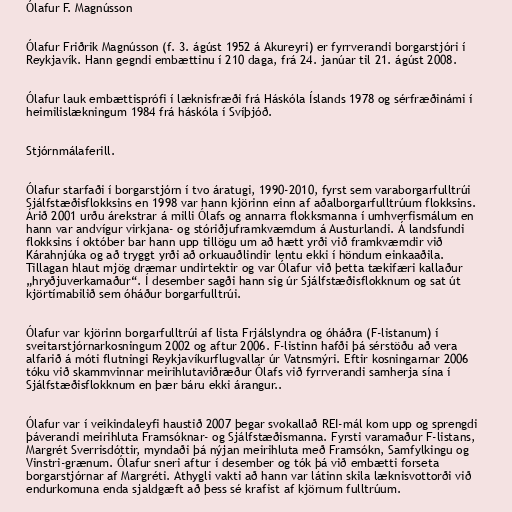
Ólafur F. Magnússon

Ólafur Friðrik Magnússon (f. 3. ágúst 1952 á Akureyri) er fyrrverandi borgarstjóri í
Reykjavík. Hann gegndi embættinu í 210 daga, frá 24. janúar til 21. ágúst 2008.

Ólafur lauk embættisprófi í læknisfræði frá Háskóla Íslands 1978 og sérfræðinámi í
heimilislækningum 1984 frá háskóla í Svíþjóð.

Stjórnmálaferill.

Ólafur starfaði í borgarstjórn í tvo áratugi, 1990-2010, fyrst sem varaborgarfulltrúi
Sjálfstæðisflokksins en 1998 var hann kjörinn einn af aðalborgarfulltrúum flokksins.
Árið 2001 urðu árekstrar á milli Ólafs og annarra flokksmanna í umhverfismálum en
hann var andvígur virkjana- og stóriðjuframkvæmdum á Austurlandi. Á landsfundi
flokksins í október bar hann upp tillögu um að hætt yrði við framkvæmdir við
Kárahnjúka og að tryggt yrði að orkuauðlindir lentu ekki í höndum einkaaðila.
Tillagan hlaut mjög dræmar undirtektir og var Ólafur við þetta tækifæri kallaður
„hryðjuverkamaður“. Í desember sagði hann sig úr Sjálfstæðisflokknum og sat út
kjörtímabilið sem óháður borgarfulltrúi.

Ólafur var kjörinn borgarfulltrúi af lista Frjálslyndra og óháðra (F-listanum) í
sveitarstjórnarkosningum 2002 og aftur 2006. F-listinn hafði þá sérstöðu að vera
alfarið á móti flutningi Reykjavíkurflugvallar úr Vatnsmýri. Eftir kosningarnar 2006
tóku við skammvinnar meirihlutaviðræður Ólafs við fyrrverandi samherja sína í
Sjálfstæðisflokknum en þær báru ekki árangur..

Ólafur var í veikindaleyfi haustið 2007 þegar svokallað REI-mál kom upp og sprengdi
þáverandi meirihluta Framsóknar- og Sjálfstæðismanna. Fyrsti varamaður F-listans,
Margrét Sverrisdóttir, myndaði þá nýjan meirihluta með Framsókn, Samfylkingu og
Vinstri-grænum. Ólafur sneri aftur í desember og tók þá við embætti forseta
borgarstjórnar af Margréti. Athygli vakti að hann var látinn skila læknisvottorði við
endurkomuna enda sjaldgæft að þess sé krafist af kjörnum fulltrúum.